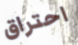
احتراق